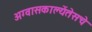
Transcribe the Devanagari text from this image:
अग्वासकाल्येंतेसचे